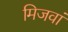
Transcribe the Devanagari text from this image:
मिजवां